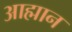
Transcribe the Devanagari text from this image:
आह्मान